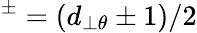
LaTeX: ^{\pm}=(d_{\perp\theta}\pm 1)/2